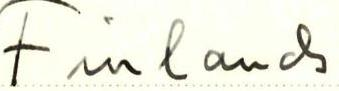
Finlaud-